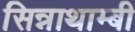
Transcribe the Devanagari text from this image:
सिन्नाथाम्बी